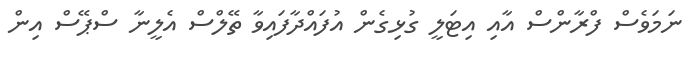
ނަމަވެސް ފްރާންސް އާއި އިޓަލީ ގުޅިގެން އުފައްދާފައިވާ ތޭލްސް އެލީނާ ސްޕޭސް އިން